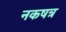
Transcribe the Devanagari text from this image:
नकषत्र